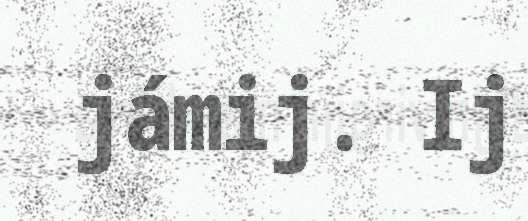
jámij. Ij